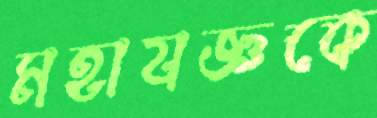
মহাযজ্ঞকে